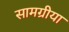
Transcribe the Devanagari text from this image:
सामग्रीया